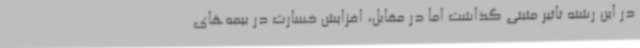
در این رشته تاثیر مثبتی گذاشت اما در مقابل، افزایش خسارت در بیمه‌های